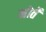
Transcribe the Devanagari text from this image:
मोर्ते